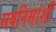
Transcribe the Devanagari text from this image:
सबनिसांशी